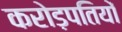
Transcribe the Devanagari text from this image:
करोड़पतियों